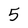
Character: 5